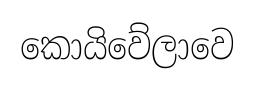
කොයිවේලාවෙ